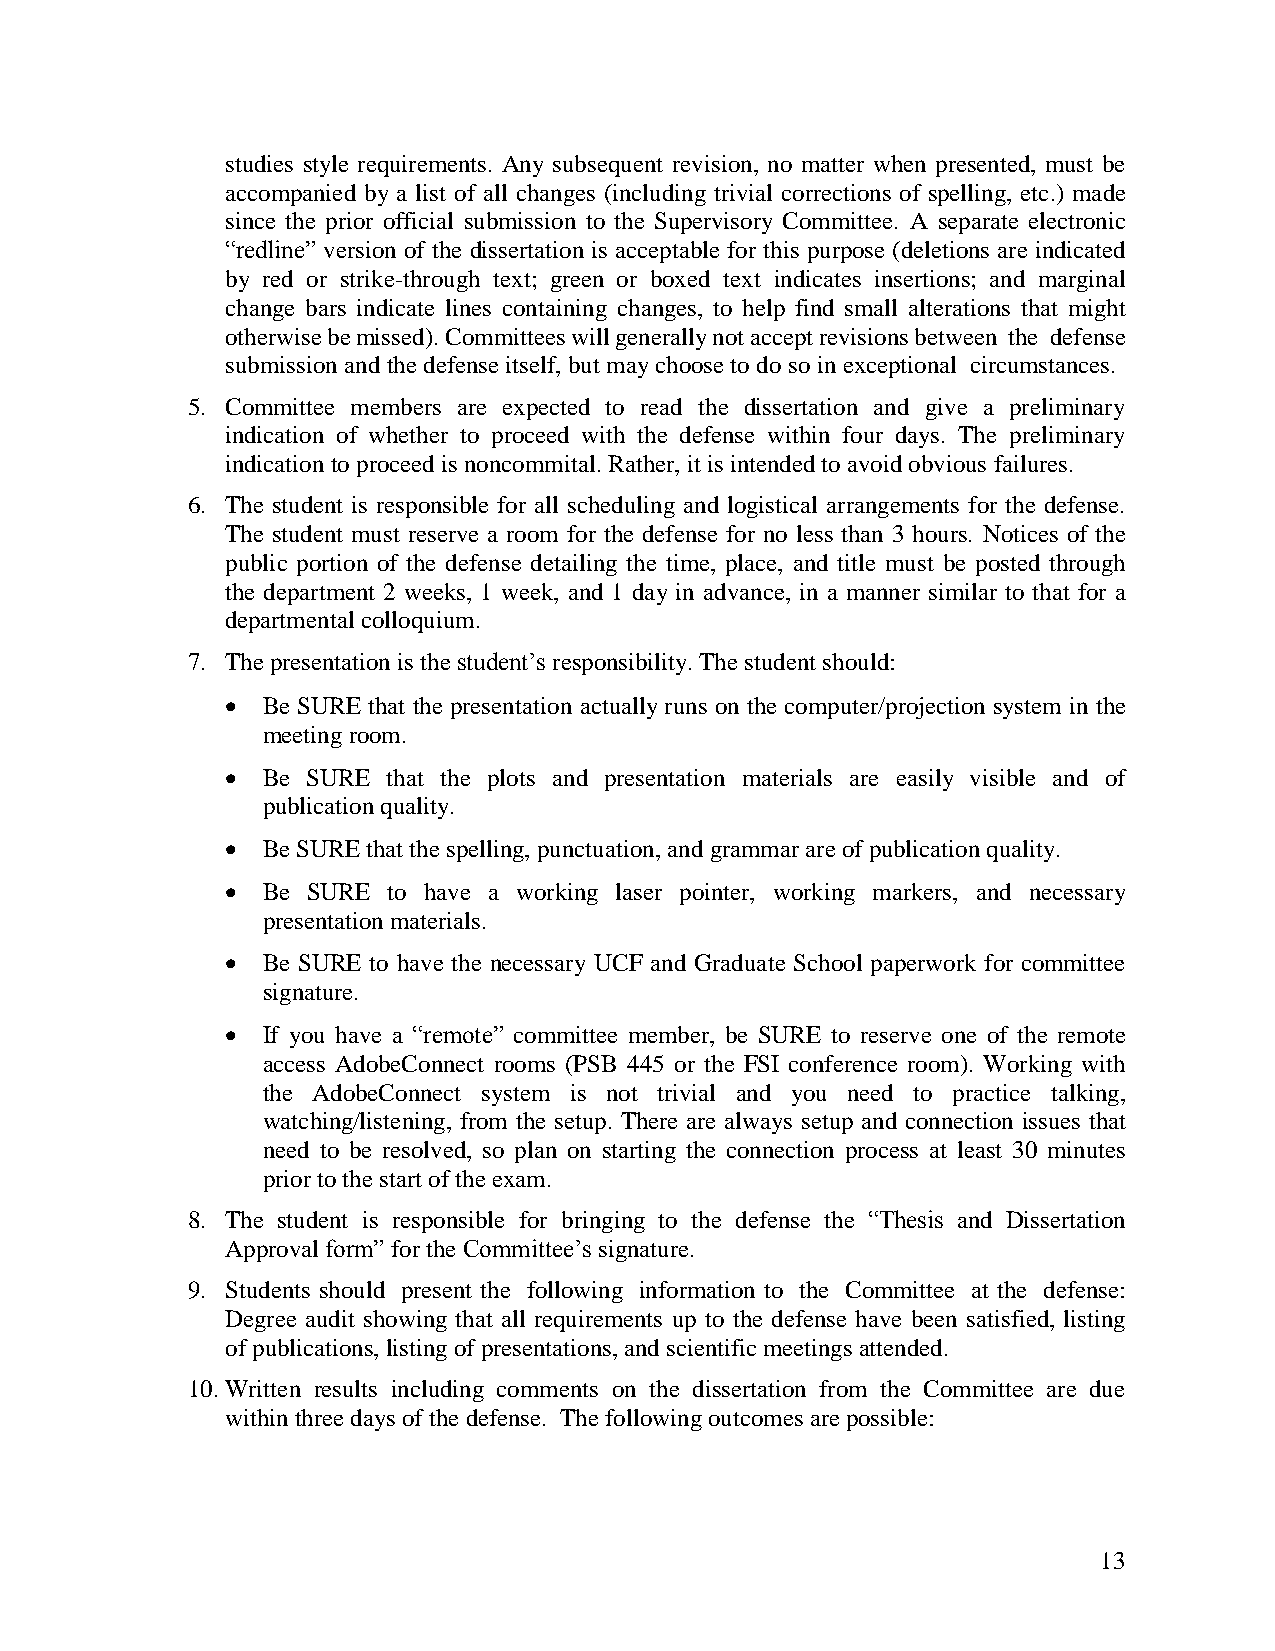
studies style requirements. Any subsequent revision, no matter when presented, must be
 accompanied by a list of all changes (including trivial corrections of spelling, etc.) made
 since the prior official submission to the Supervisory Committee. A separate electronic
 “redline” version of the dissertation is acceptable for this purpose (deletions are indicated
 by red or strike-through text; green or boxed text indicates insertions; and marginal
 change bars indicate lines containing changes, to help find small alterations that might
 otherwise be missed). Committees will generally not accept revisions between the defense
 submission and the defense itself, but may choose to do so in exceptional circumstances.
 5. Committee members are expected to read the dissertation and give a preliminary
 indication of whether to proceed with the defense within four days. The preliminary
 indication to proceed is noncommital. Rather, it is intended to avoid obvious failures.
 6. The student is responsible for all scheduling and logistical arrangements for the defense.
 The student must reserve a room for the defense for no less than 3 hours. Notices of the
 public portion of the defense detailing the time, place, and title must be posted through
 the department 2 weeks, 1 week, and 1 day in advance, in a manner similar to that for a
 departmental colloquium.
 7. The presentation is the student’s responsibility. The student should:
  Be SURE that the presentation actually runs on the computer/projection system in the
 meeting room.
  Be SURE  that the plots and presentation materials are easily visible and of
 publication quality.
  Be SURE that the spelling, punctuation, and grammar are of publication quality.
  Be SURE  to have a working laser pointer, working markers, and necessary
 presentation materials.
  Be SURE to have the necessary UCF and Graduate School paperwork for committee
 signature.
  If you have a “remote” committee member, be SURE to reserve one of the remote
 access AdobeConnect rooms (PSB 445 or the FSI conference room). Working with
 the AdobeConnect system is not trivial and you need to practice talking,
 watching/listening, from the setup. There are always setup and connection issues that
 need to be resolved, so plan on starting the connection process at least 30 minutes
 prior to the start of the exam.
 8. The student is responsible for bringing to the defense the “Thesis and Dissertation
 Approval form” for the Committee’s signature.
 9. Students should present the following information to the Committee at the defense:
 Degree audit showing that all requirements up to the defense have been satisfied, listing
 of publications, listing of presentations, and scientific meetings attended.
 10. Written results including comments on the dissertation from the Committee are due
 within three days of the defense. The following outcomes are possible:
 13